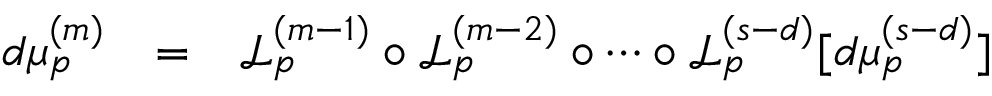
\begin{array} { r c l } { d \mu _ { p } ^ { ( m ) } } & { = } & { \mathcal { L } _ { p } ^ { ( m - 1 ) } \circ \mathcal { L } _ { p } ^ { ( m - 2 ) } \circ \cdots \circ \mathcal { L } _ { p } ^ { ( s - d ) } [ d \mu _ { p } ^ { ( s - d ) } ] } \end{array}